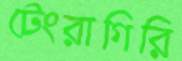
টেংরাগিরি